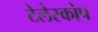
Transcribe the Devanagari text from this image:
टेलेस्कोप